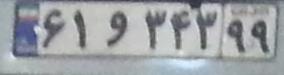
۶۱و۳۴۳۹۹